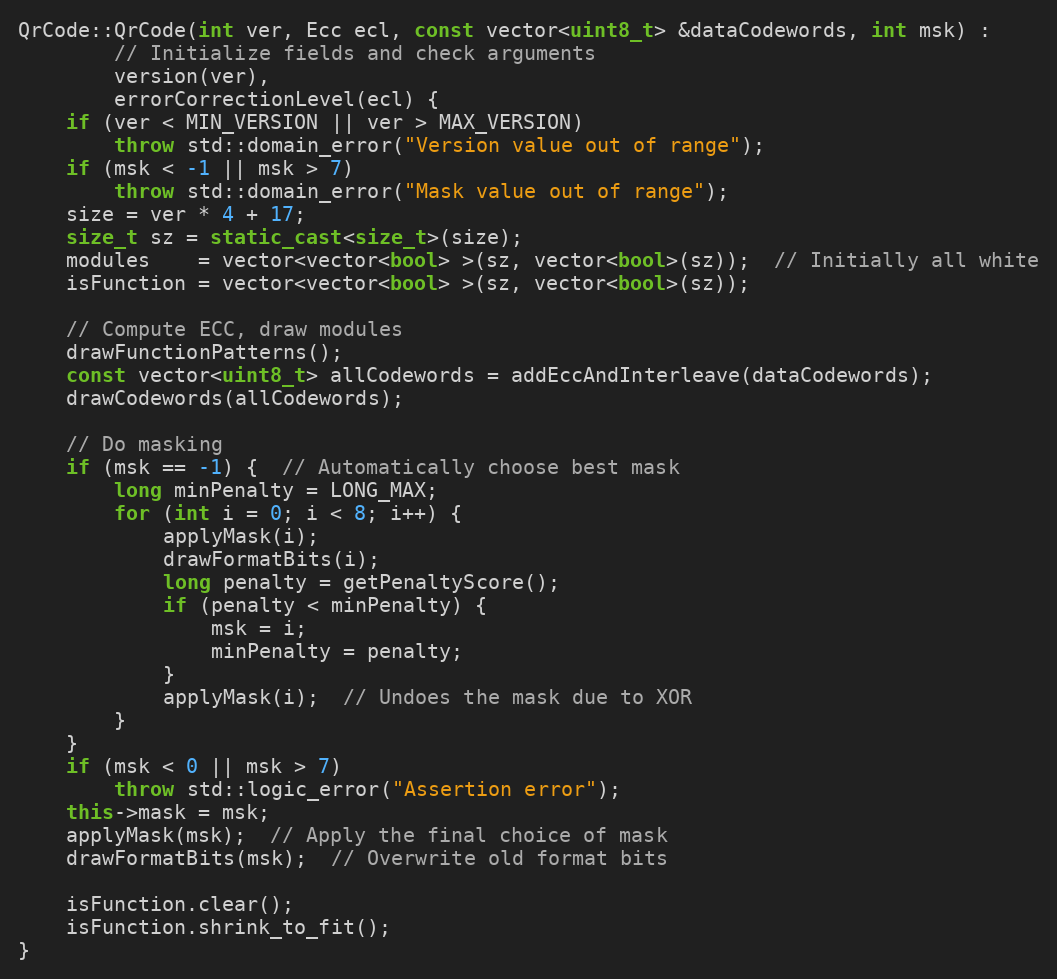
Language: C++
QrCode::QrCode(int ver, Ecc ecl, const vector<uint8_t> &dataCodewords, int msk) :
		// Initialize fields and check arguments
		version(ver),
		errorCorrectionLevel(ecl) {
	if (ver < MIN_VERSION || ver > MAX_VERSION)
		throw std::domain_error("Version value out of range");
	if (msk < -1 || msk > 7)
		throw std::domain_error("Mask value out of range");
	size = ver * 4 + 17;
	size_t sz = static_cast<size_t>(size);
	modules    = vector<vector<bool> >(sz, vector<bool>(sz));  // Initially all white
	isFunction = vector<vector<bool> >(sz, vector<bool>(sz));

	// Compute ECC, draw modules
	drawFunctionPatterns();
	const vector<uint8_t> allCodewords = addEccAndInterleave(dataCodewords);
	drawCodewords(allCodewords);

	// Do masking
	if (msk == -1) {  // Automatically choose best mask
		long minPenalty = LONG_MAX;
		for (int i = 0; i < 8; i++) {
			applyMask(i);
			drawFormatBits(i);
			long penalty = getPenaltyScore();
			if (penalty < minPenalty) {
				msk = i;
				minPenalty = penalty;
			}
			applyMask(i);  // Undoes the mask due to XOR
		}
	}
	if (msk < 0 || msk > 7)
		throw std::logic_error("Assertion error");
	this->mask = msk;
	applyMask(msk);  // Apply the final choice of mask
	drawFormatBits(msk);  // Overwrite old format bits

	isFunction.clear();
	isFunction.shrink_to_fit();
}